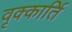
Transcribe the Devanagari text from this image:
वृक्कार्ति